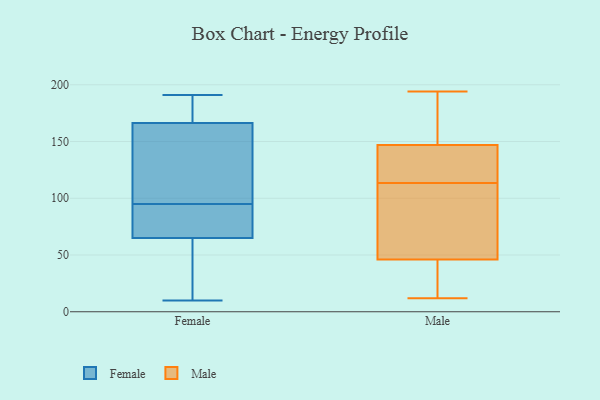
{"axis": {"x": "Page Views", "y": "Value"}, "legend": ["Female", "Male"], "data": [{"x": "", "y": 180, "type": "Female"}, {"x": "", "y": 185, "type": "Female"}, {"x": "", "y": 155, "type": "Female"}, {"x": "", "y": 124, "type": "Female"}, {"x": "", "y": 10, "type": "Female"}, {"x": "", "y": 90, "type": "Female"}, {"x": "", "y": 139, "type": "Female"}, {"x": "", "y": 170, "type": "Female"}, {"x": "", "y": 60, "type": "Female"}, {"x": "", "y": 80, "type": "Female"}, {"x": "", "y": 95, "type": "Female"}, {"x": "", "y": 82, "type": "Female"}, {"x": "", "y": 17, "type": "Female"}, {"x": "", "y": 191, "type": "Female"}, {"x": "", "y": 21, "type": "Female"}, {"x": "", "y": 147, "type": "Male"}, {"x": "", "y": 108, "type": "Male"}, {"x": "", "y": 90, "type": "Male"}, {"x": "", "y": 12, "type": "Male"}, {"x": "", "y": 119, "type": "Male"}, {"x": "", "y": 174, "type": "Male"}, {"x": "", "y": 144, "type": "Male"}, {"x": "", "y": 46, "type": "Male"}, {"x": "", "y": 194, "type": "Male"}, {"x": "", "y": 30, "type": "Male"}]}